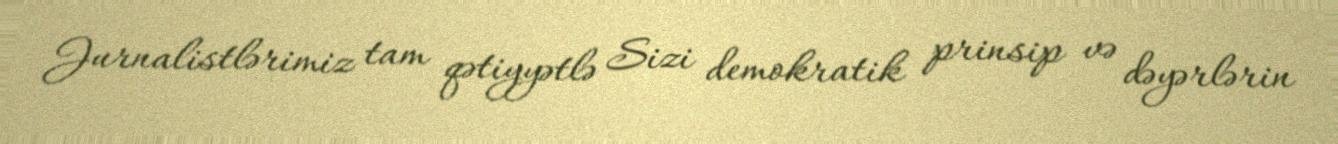
Jurnalistlərimiz tam qətiyyətlə Sizi demokratik prinsip və dəyərlərin